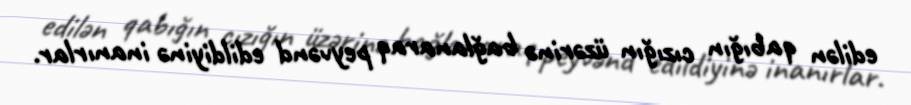
edilən qabığın cızığın üzərinə bağlanaraq peyvənd edildiyinə inanırlar.